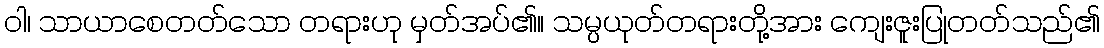
ဝါ၊ သာယာစေတတ်သော တရားဟု မှတ်အပ်၏။ သမ္ပယုတ်တရားတို့အား ကျေးဇူးပြုတတ်သည်၏